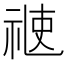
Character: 𥚄